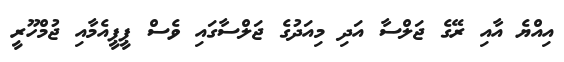
އިއްޔެ އާއި ރޭގެ ޖަލްސާ އަދި މިއަދުގެ ޖަލްސާގައި ވެސް ޕީޕީއެމާއި ޖުމްހޫރީ